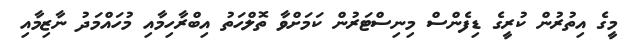
މީގެ އިތުރުން ކުރީގެ ޑިފެންސް މިނިސްޓަރުން ކަމަށްވާ ތޮލްހަތު އިބްރާހިމާއި މުހައްމަދު ނާޒިމާއި